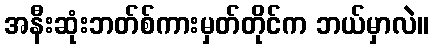
အနီးဆုံးဘတ်စ်ကားမှတ်တိုင်က ဘယ်မှာလဲ။